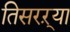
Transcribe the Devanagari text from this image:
तिसरऱ्या